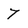
Character: 7